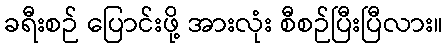
ခရီးစဉ် ပြောင်းဖို့ အားလုံး စီစဉ်ပြီးပြီလား။